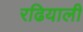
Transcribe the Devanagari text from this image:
रढियाली